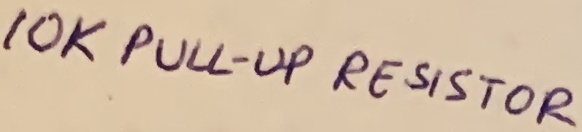
Text: 10K PULL-UP RESISTOR